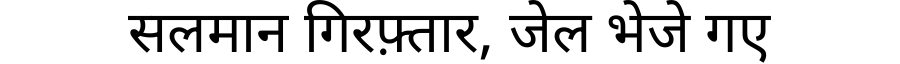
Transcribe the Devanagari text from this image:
सलमान गिरफ़्तार, जेल भेजे गए